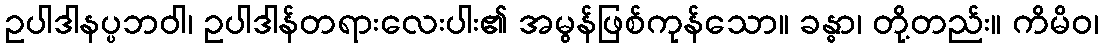
ဥပါဒါနပ္ပဘဝါ၊ ဥပါဒါန်တရားလေးပါး၏ အမွန်ဖြစ်ကုန်သော။ ခန္ဓာ၊ တို့တည်း။ ကိမိဝ၊